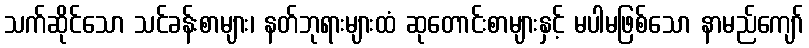
သက်ဆိုင်သော သင်ခန်းစာများ၊ နတ်ဘုရားများထံ ဆုတောင်းစာများနှင့် မပါမဖြစ်သော နာမည်ကျော်